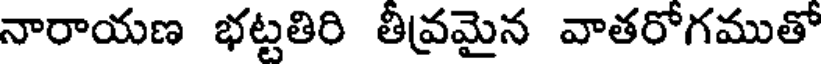
నారాయణ భట్టతిరి తీవ్రమైన వాతరోగముతో